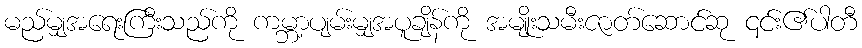
မည်မျှအရေးကြီးသည်ကို ကမ္ဘာ့ပျမ်းမျှအပူချိန်ကို အမျိုးသမီးဇာတ်ဆောင်ဆု ၎င်း၏ပါတီ